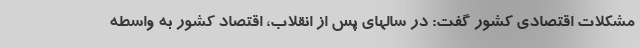
مشکلات اقتصادی کشور گفت: در سالهای پس از انقلاب، اقتصاد کشور به واسطه